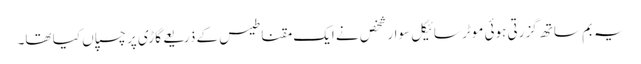
یہ بم ساتھ گزرتی ہوئی موٹر سائیکل سوار شخص نے ایک مقناطیس کے ذریعے گاڑی پر چسپاں کیا تھا۔